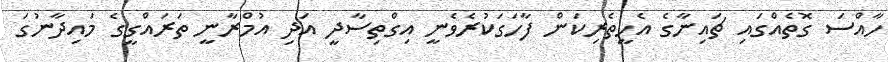
ހާއްސަ ގޮތެއްގައި ޗައިނާގެ އެހީތެރިކަން ފާހަގަކުރެވެނީ އިގްތިސާދީ އަދި އުމްރާނީ ތަރައްގީގެ މައިދާނުގަ